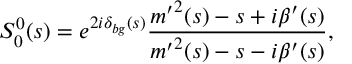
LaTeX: S _ { 0 } ^ { 0 } ( s ) = e ^ { 2 i \delta _ { b g } ( s ) } \frac { { m ^ { \prime } } ^ { 2 } ( s ) - s + i \beta ^ { \prime } ( s ) } { { m ^ { \prime } } ^ { 2 } ( s ) - s - i \beta ^ { \prime } ( s ) } ,